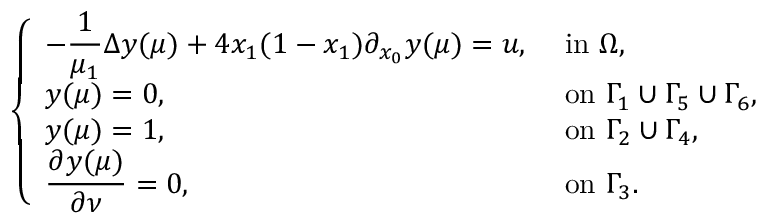
\left\{ \begin{array} { l l } { \displaystyle - \frac { 1 } { { \mu _ { 1 } } } \Delta y ( \boldsymbol { \mu } ) + 4 x _ { 1 } ( 1 - x _ { 1 } ) \partial _ { x _ { 0 } } y ( \boldsymbol { \mu } ) = u , } & { \mathrm { ~ i n ~ } \Omega , } \\ { y ( \boldsymbol { \mu } ) = 0 , } & { \mathrm { ~ o n ~ } \Gamma _ { 1 } \cup \Gamma _ { 5 } \cup \Gamma _ { 6 } , } \\ { y ( \boldsymbol { \mu } ) = 1 , } & { \mathrm { ~ o n ~ } \Gamma _ { 2 } \cup \Gamma _ { 4 } , } \\ { \displaystyle \frac { \partial y ( \boldsymbol { \mu } ) } { \partial \nu } = 0 , } & { \mathrm { ~ o n ~ } \Gamma _ { 3 } . } \end{array} \right.